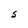
Character: S